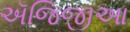
ઍજિજીઆ